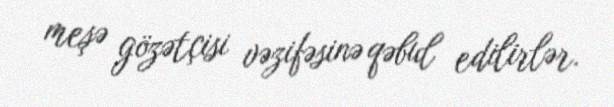
meşə gözətçisi vəzifəsinə qəbul edilirlər.